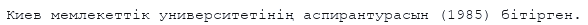
Киев мемлекеттік университетінің аспирантурасын (1985) бітірген.